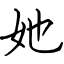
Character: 她